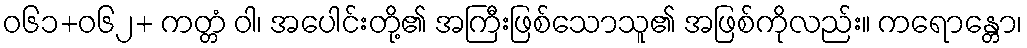
ဝ၆၁+၀၆၂+ ကတ္တံ ဝါ၊ အပေါင်းတို့၏ အကြီးဖြစ်သောသူ၏ အဖြစ်ကိုလည်း။ ကရောန္တော၊